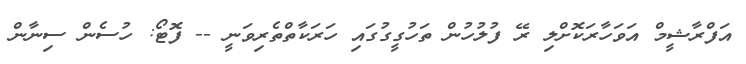
އަފްރާޝީމް އަވަހާރަކޮށްލި ރޭ ފުލުހުން ތަހުގީގުގައި ހަރަކާތްތެރިވަނީ -- ފޮޓޯ: ހުސެން ސިނާން